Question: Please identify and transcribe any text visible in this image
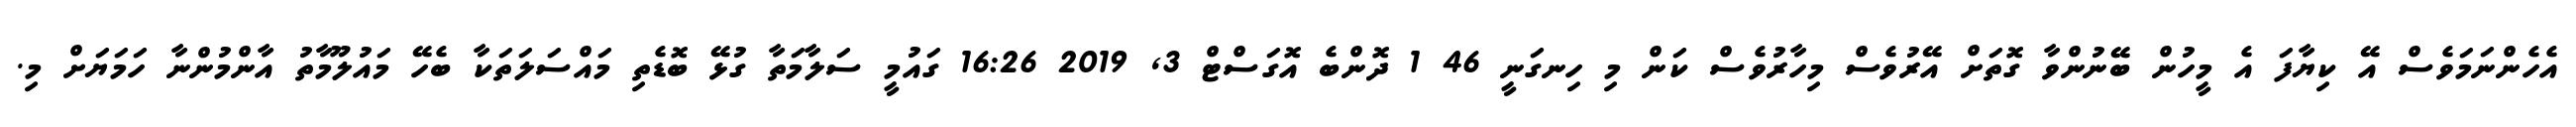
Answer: އެހެންނަމަވެސް އޭ ކިޔާފަ އެ މީހުން ބޭނުންވާ ގޮތަށް އޭރުވެސް މިހާރުވެސް ކަން މި ހިނގަނީ 46 1 ދޮންބެ އޮގަސްޓް 3, 2019 16:26 ގައުމީ ސަލާމަތާ ގުޅޭ ބޮޑެތި މައްސަލަތަކާ ބެހޭ މައުލޫމާތު އާންމުންނާ ހަމަޔަށް މި.